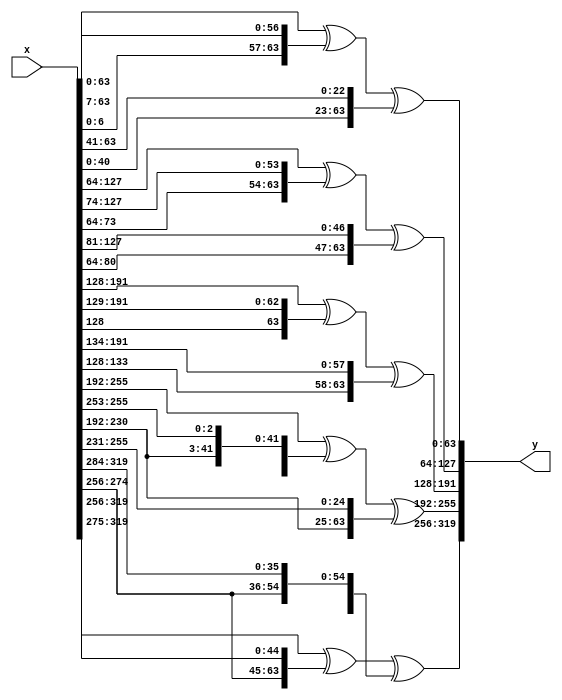
`timescale 1ns / 1ps
//////////////////////////////////////////////////////////////////////////////////
// Company: 
// Engineer: 
// 
// Design Name: 
// Module Name: linear
// Project Name: 
// Target Devices: 
// Tool Versions: 
// Description: 
// 
// Dependencies: 
// 
// Revision:
// Revision 0.01 - File Created
// Additional Comments:
// 
//////////////////////////////////////////////////////////////////////////////////
module linear(
    input [319:0] x,
    output [319:0] y
    );
    
  assign y[63:0] = x[63:0] ^ {x[(7-1):0], x[63:7]} ^ {x[(41-1):0], x[63:41]};
  assign y[127:64] = x[127:64] ^ {x[(64 + 10 - 1) :64], x[127: (64 + 10)]} ^ {x[(64 + 17 - 1):64], x[127:(64 + 17)]};
  assign y[191:128] = x[191:128] ^ {x[128], x[191:129]} ^ {x[(128 + 6 - 1):128], x[191:(128 + 6)]};
  assign y[255:192] = x[255:192] ^ {x[(192 + 61 -1):192], x[255:(192 + 61)]} ^ {x[(192 + 39 -1):192], x[255:(192 + 39)]};
  assign y[319:256] = x[319:256] ^ {x[(256 + 19 -1):256], x[319:(256+19)]} ^ {x[(256 + 28 -1):256], x[319:(256+28)]};

endmodule